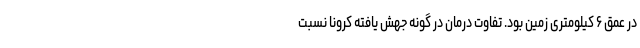
در عمق ۶ کیلومتری زمین بود. تفاوت درمان در گونه جهش یافته کرونا نسبت